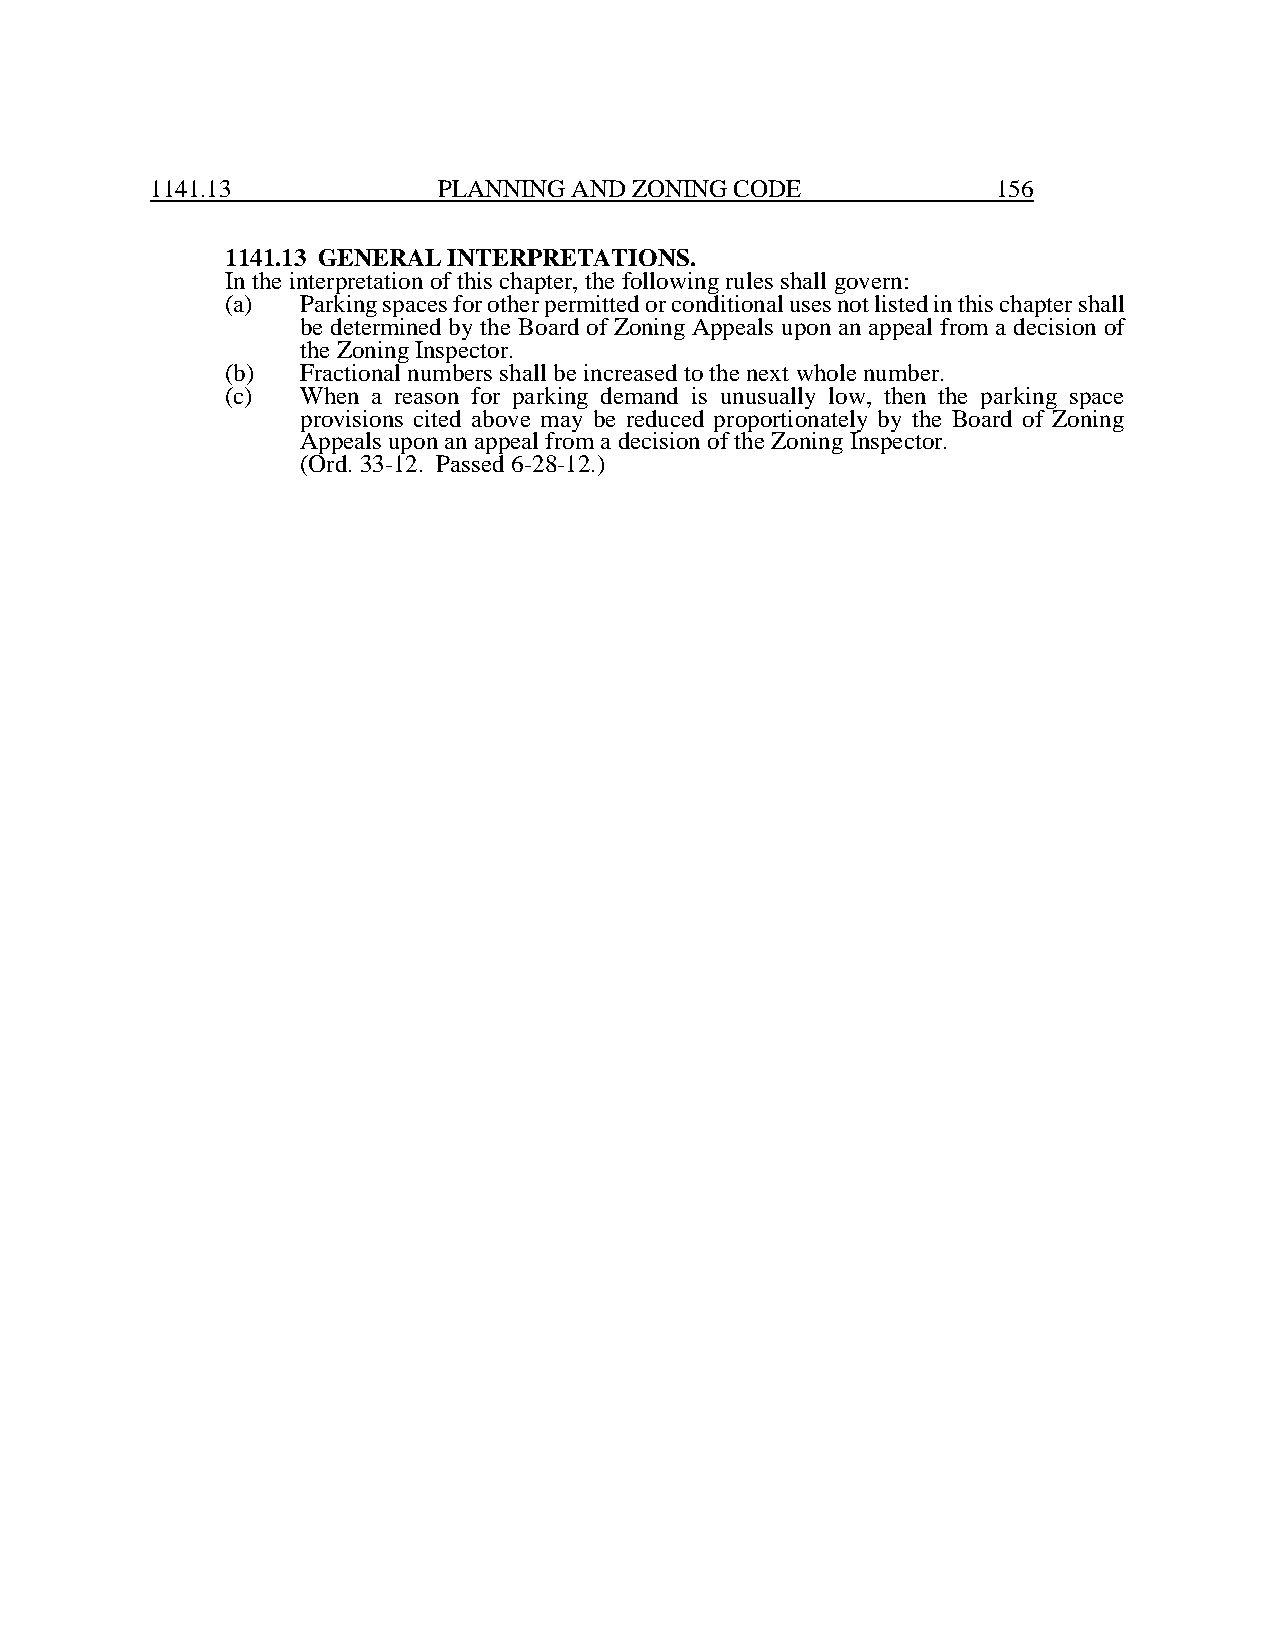
1141.13            PLANNING AND ZONING CODE             156
 1141.13 GENERAL INTERPRETATIONS.
 In the interpretation of this chapter, the following rules shall govern:
 (a)  Parking spaces for other permitted or conditional uses not listed in this chapter shall
 be determined by the Board of Zoning Appeals upon an appeal from a decision of
 the Zoning Inspector.
 (b)  Fractional numbers shall be increased to the next whole number.
 (c)  When a reason for parking demand is unusually low, then the parking space
 provisions cited above may be reduced proportionately by the Board of Zoning
 Appeals upon an appeal from a decision of the Zoning Inspector.
 (Ord. 33-12. Passed 6-28-12.)